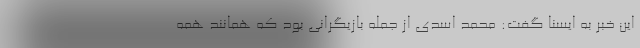
این خبر به ایسنا گفت: محمد اسدی از جمله بازیگرانی بود که همانند همه